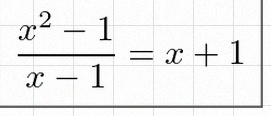
\frac{x^2-1}{x-1}=x+1